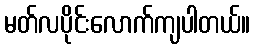
မတ်လပိုင်းလောက်ကျပါတယ်။